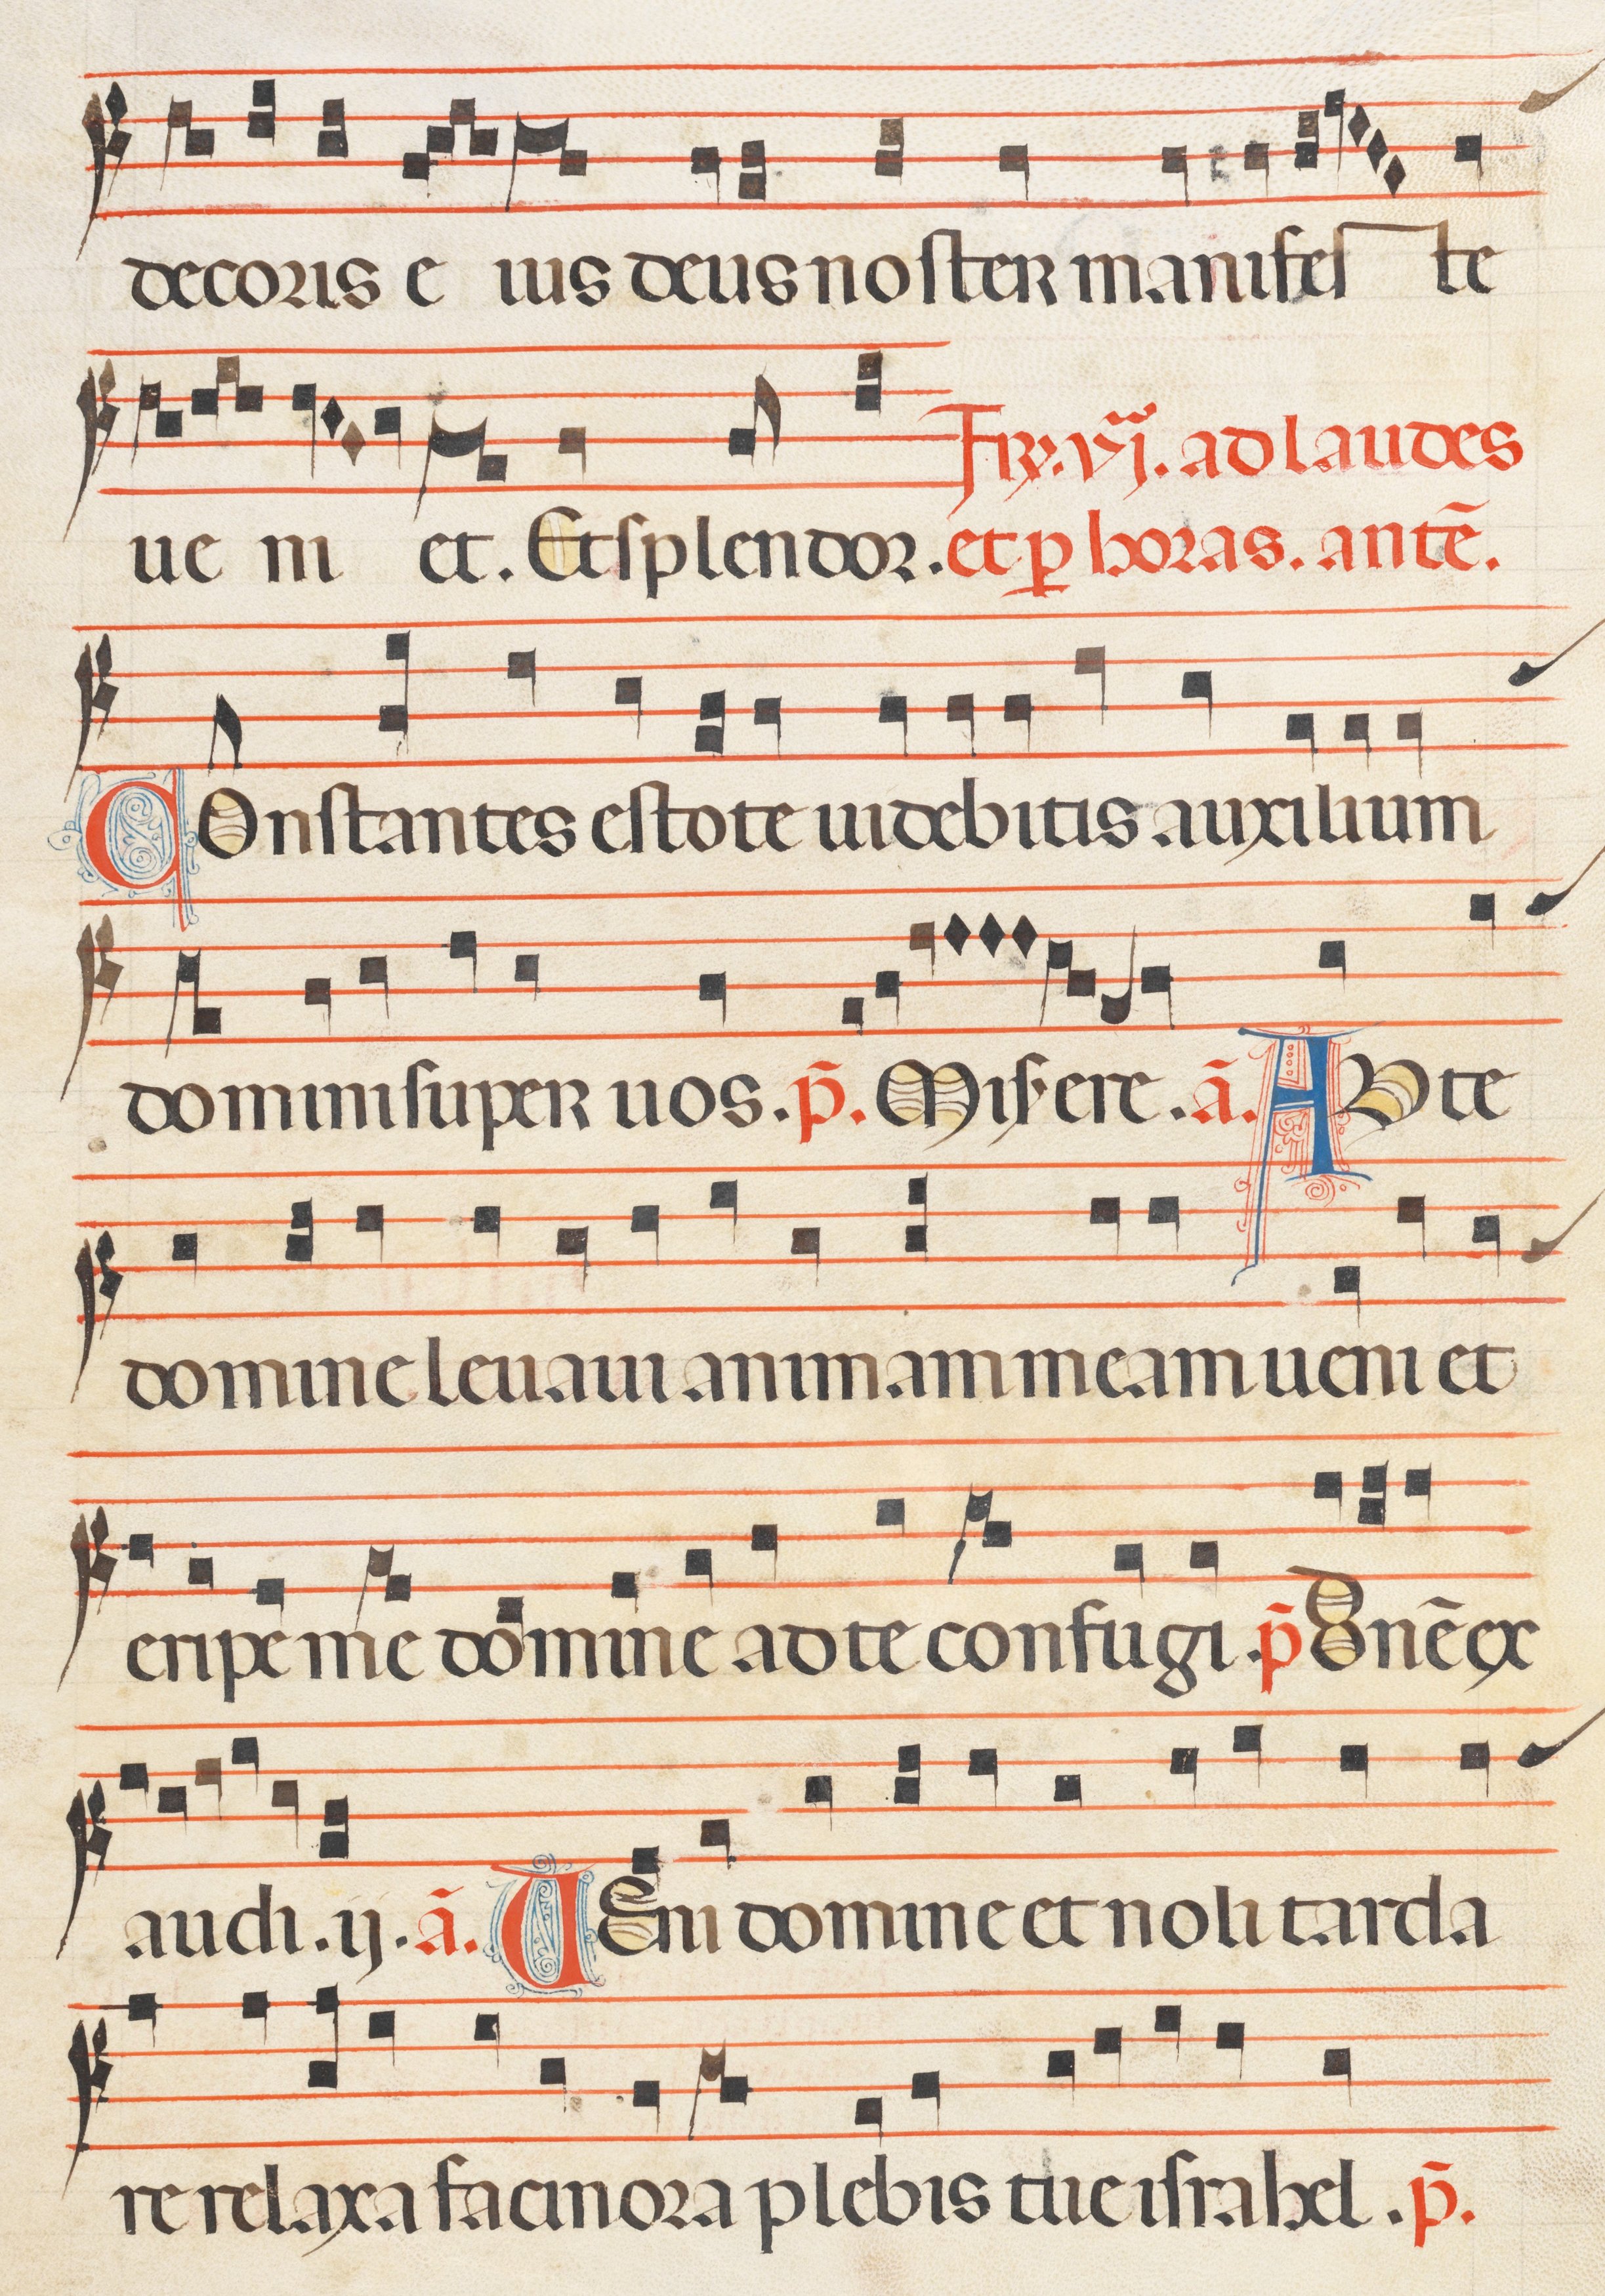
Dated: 1300–1330